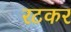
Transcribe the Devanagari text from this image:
रटकर